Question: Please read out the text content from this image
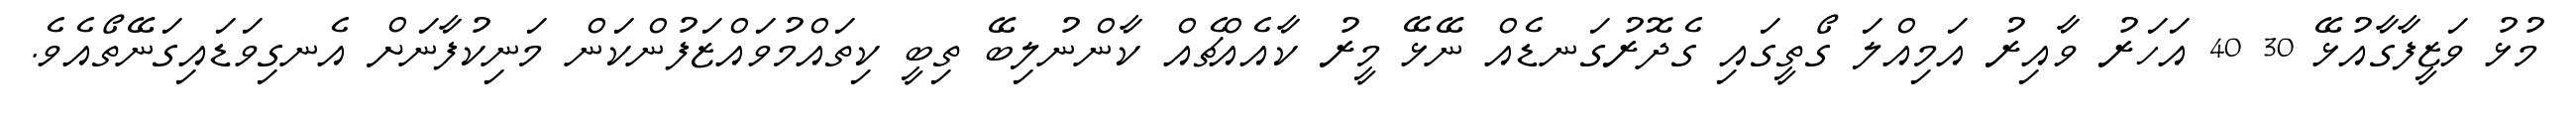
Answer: މުޅު ވަޒީފާގާއުޅޭ 30 40 އަހަރު ވާއިރު އަމިއްލަ ގޯތީގައި ގެދޮރުގަނޑެއް ނޭޅޭ މީރު ކާއެއްޗެއް ކާންނުލިބޭ ތިބީ ކިތައްމުވައްޒަފުންކަން މަނިކުފާނަށް އެނގިވަޑައިގަނޭތޯއެވެ.